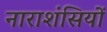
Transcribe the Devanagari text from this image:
नाराशंसियों